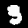
Label: 3